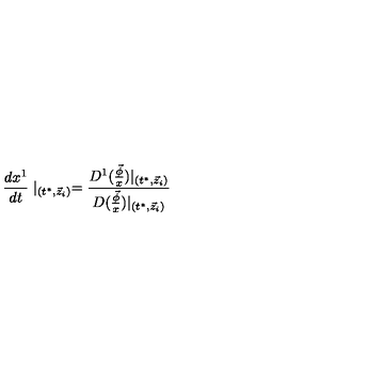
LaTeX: \frac { d x ^ { 1 } } { d t } \mid _ { ( t ^ { * } , \vec { z } _ { i } ) } = \frac { D ^ { 1 } ( \frac { \vec { \phi } } x ) | _ { ( t ^ { * } , \vec { z } _ { i } ) } } { D ( \frac { \vec { \phi } } x ) | _ { ( t ^ { * } , \vec { z } _ { i } ) } }